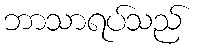
ဘာသာရပ်သည်